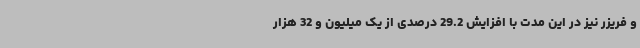
و فریزر نیز در این مدت با افزایش 29.2 درصدی از یک میلیون و 32 هزار